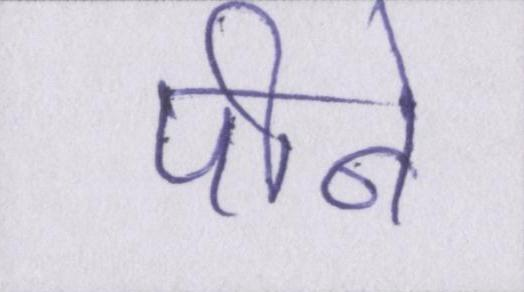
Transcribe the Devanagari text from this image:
पीने